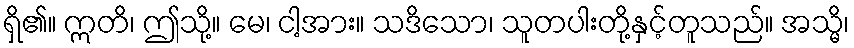
ရှိ၏။ ဣတိ၊ ဤသို့။ မေ၊ ငါ့အား။ သဒိသော၊ သူတပါးတို့နှင့်တူသည်။ အသ္မိ၊